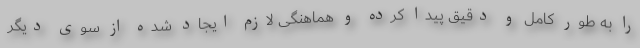
را به طور کامل و دقیق پیدا کرده و هماهنگی لازم ایجاد شده از سوی دیگر